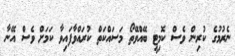
ނެރުމުގެ ކުރިން ވެސް ކޮމިޓީ ބޭއްވޭތޯ މަސައްކަތް ކުރައްވާފައިވާ ކަމަށް ވެސް އޭނާ